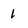
Character: 1